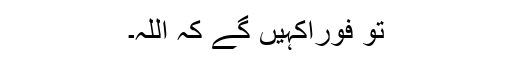
تو فورًاکہیں گے کہ اللہ۔